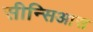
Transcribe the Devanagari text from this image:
सीन्सिआस